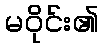
မဝိုင်း၏